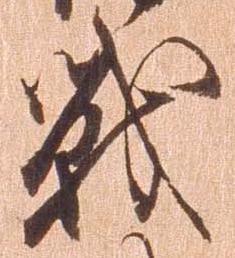
戦